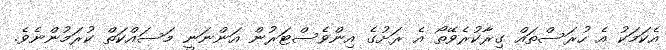
އެކަމަކު އެ ހުރަސްތައް ގިރާކުރެވޭތޯ އެ ރަށުގެ އިންވެސްޓަރުން އަންނަނީ މަސައްކަތް ކުރަމުންނެވެ.